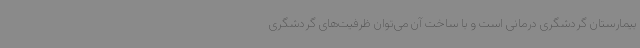
بیمارستان گردشگری درمانی است و با ساخت آن می‌توان ظرفیت‌های گردشگری